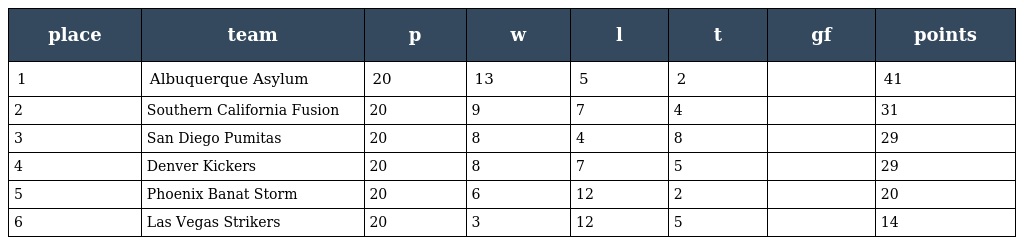
| place | team | p | w | l | t | gf | points |
 | --- | --- | --- | --- | --- | --- | --- | --- |
 | 1 | Albuquerque Asylum | 20 | 13 | 5 | 2 |  | 41 |
 | 2 | Southern California Fusion | 20 | 9 | 7 | 4 |  | 31 |
 | 3 | San Diego Pumitas | 20 | 8 | 4 | 8 |  | 29 |
 | 4 | Denver Kickers | 20 | 8 | 7 | 5 |  | 29 |
 | 5 | Phoenix Banat Storm | 20 | 6 | 12 | 2 |  | 20 |
 | 6 | Las Vegas Strikers | 20 | 3 | 12 | 5 |  | 14 |